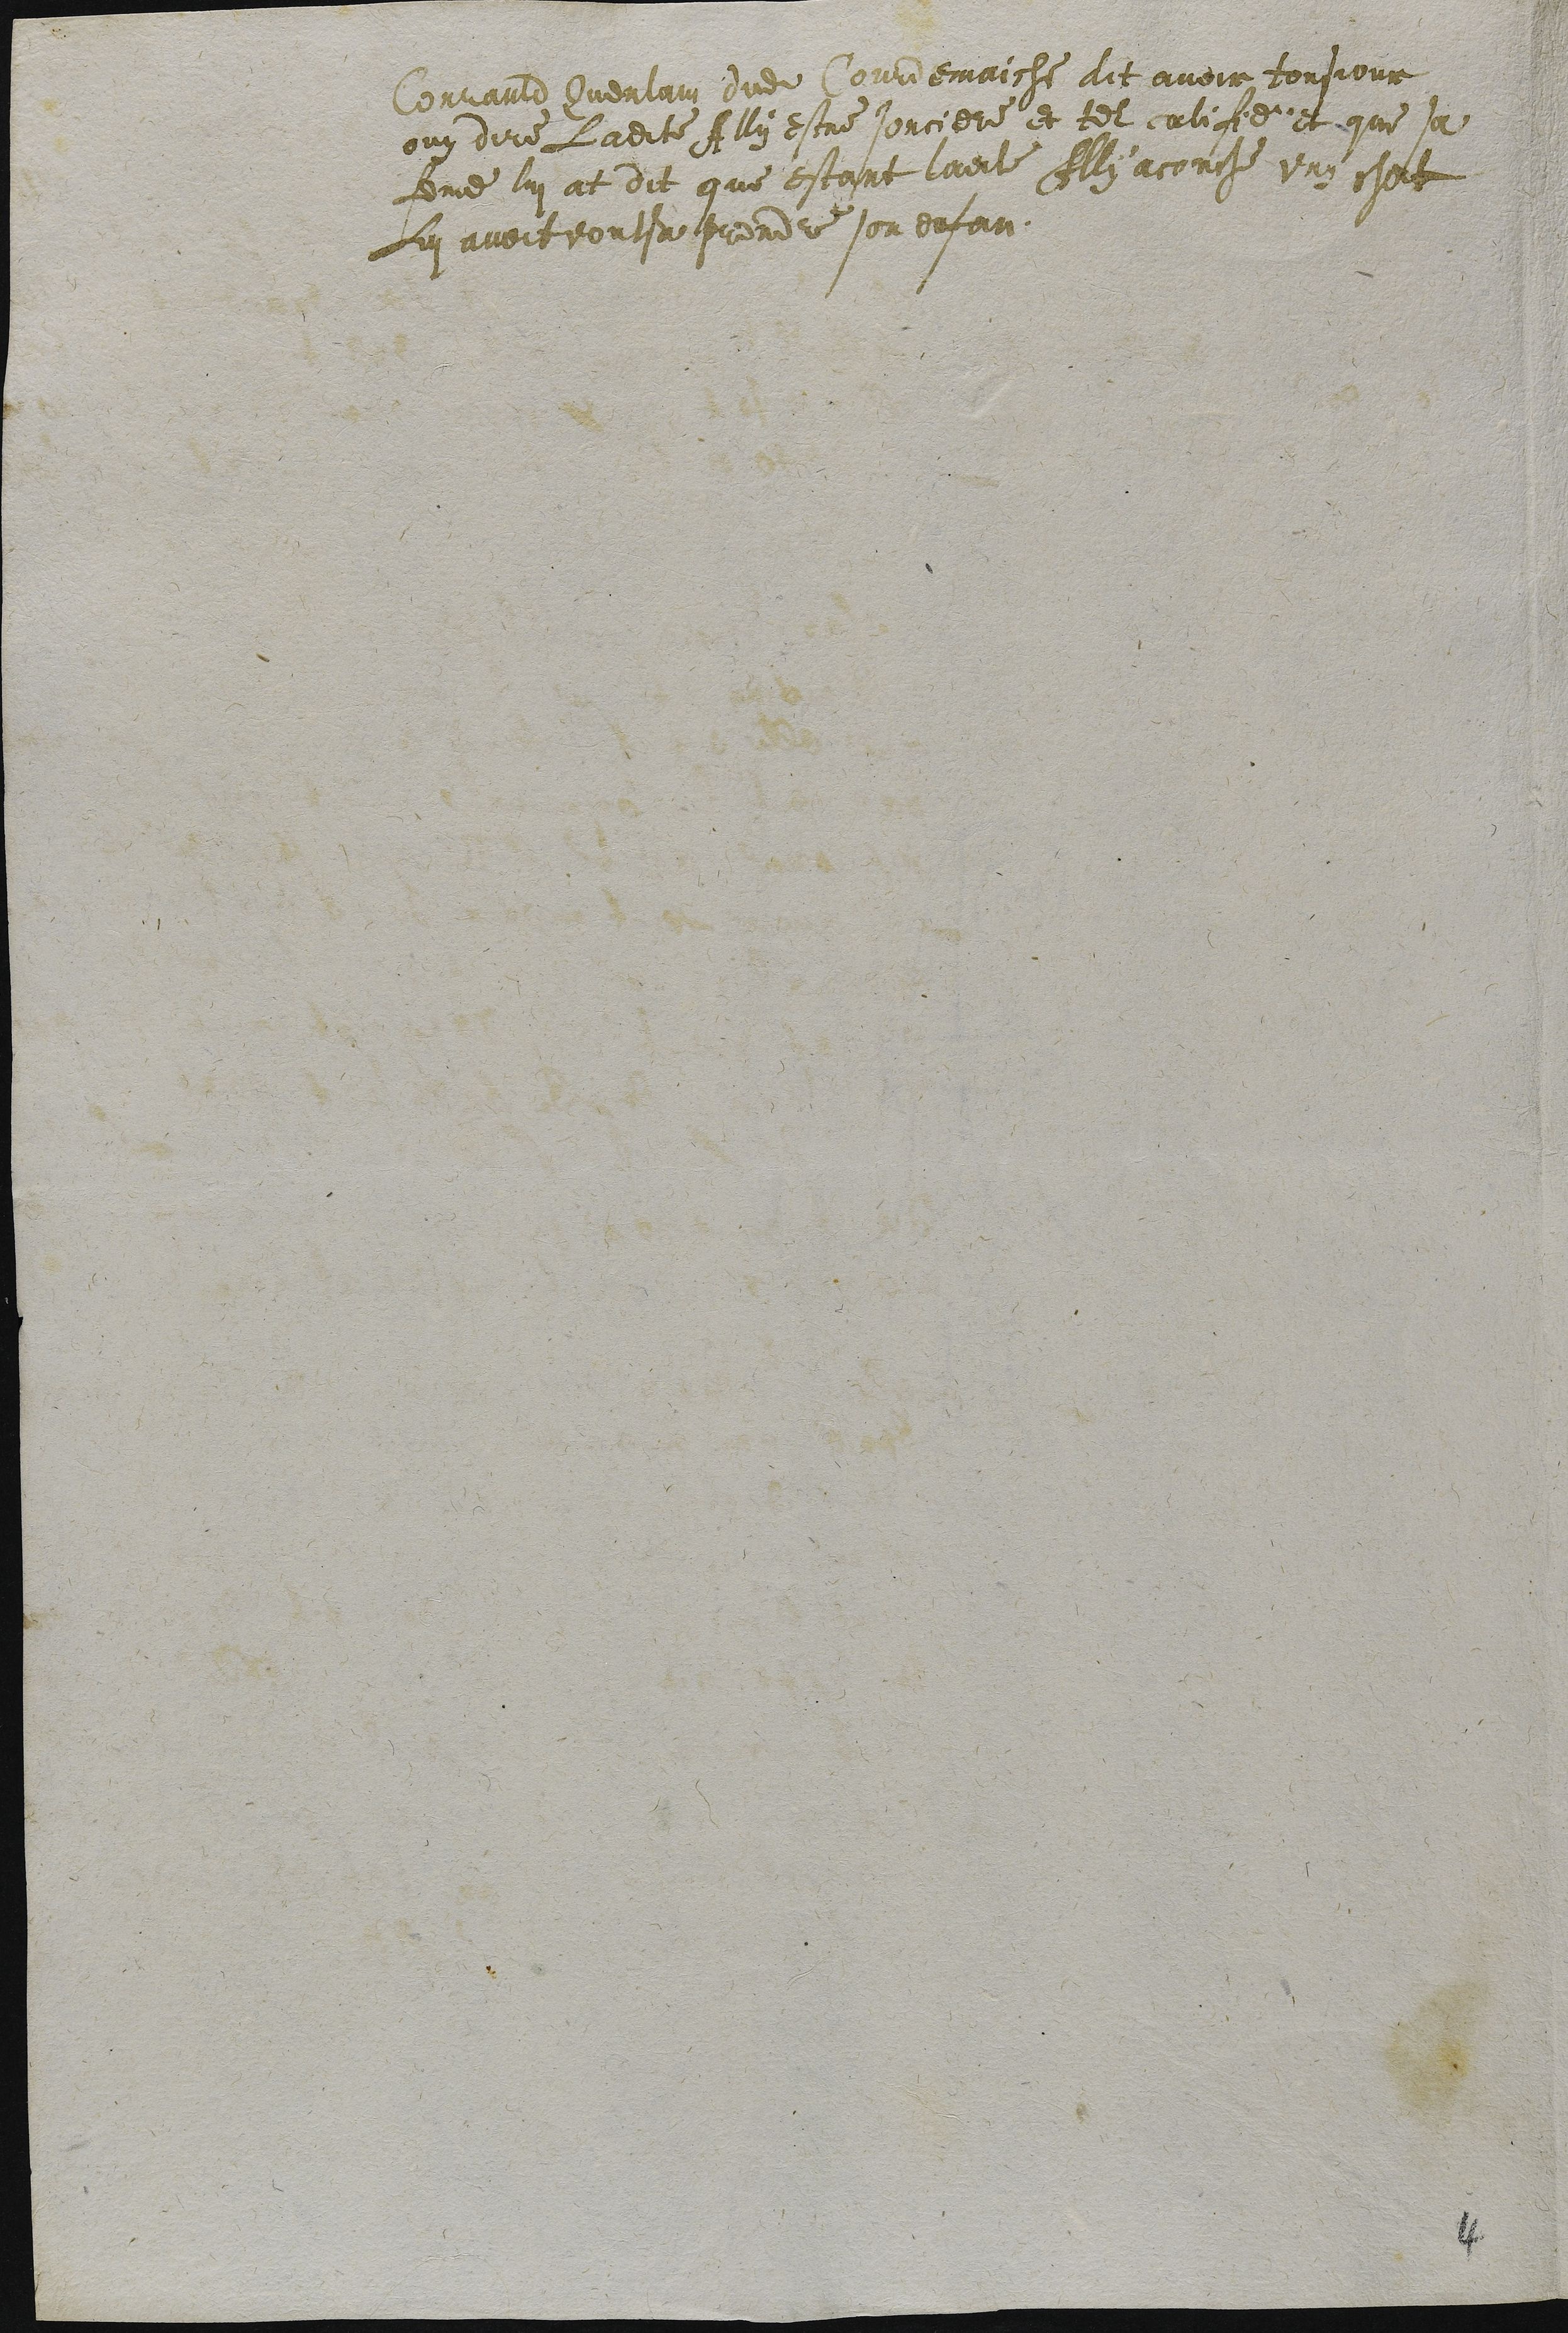
Conrauld Querlain dudit Courdemaiche dit avoir tousjour
ouy dire Ladite Ally estre sorciere et tel califie et que sa
feme lui at dit que estant ladite Ally acouche ung chat
lui avoit voulsu prendre son enfan.

4